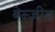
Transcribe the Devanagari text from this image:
बेन्जीन